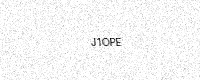
Text: J1OPE